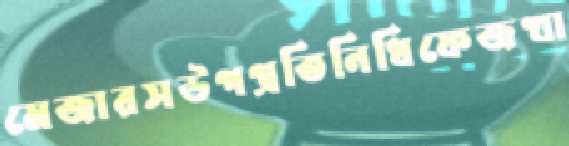
মেজারসউপপ্রতিনিধিফেজখা